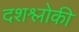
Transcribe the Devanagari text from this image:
दशश्लोकी